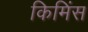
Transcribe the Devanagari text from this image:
किमिंस